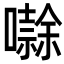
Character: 𭋱